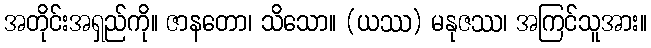
အတိုင်းအရှည်ကို။ ဇာနတော၊ သိသော။ (ယဿ) မနုဇဿ၊ အကြင်သူအား။